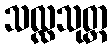
သလ္လသုတ္တ